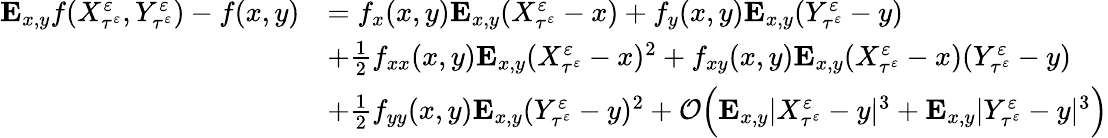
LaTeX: \begin{array}{rl}{\mathbf{E}_{x,y}f(X_{\tau^{\varepsilon}}^{\varepsilon},Y_{\tau^{\varepsilon}}^{\varepsilon})-f(x,y)}&{=f_{x}(x,y)\mathbf{E}_{x,y}(X_{\tau^{\varepsilon}}^{\varepsilon}-x)+f_{y}(x,y)\mathbf{E}_{x,y}(Y_{\tau^{\varepsilon}}^{\varepsilon}-y)}\\ &{+\frac 12f_{xx}(x,y)\mathbf{E}_{x,y}(X_{\tau^{\varepsilon}}^{\varepsilon}-x)^{2}+f_{xy}(x,y)\mathbf{E}_{x,y}(X_{\tau^{\varepsilon}}^{\varepsilon}-x)(Y_{\tau^{\varepsilon}}^{\varepsilon}-y)}\\ &{+\frac 12f_{yy}(x,y)\mathbf{E}_{x,y}(Y_{\tau^{\varepsilon}}^{\varepsilon}-y)^{2}+\mathcal O\Big(\mathbf{E}_{x,y}|X_{\tau^{\varepsilon}}^{\varepsilon}-y|^{3}+\mathbf{E}_{x,y}|Y_{\tau^{\varepsilon}}^{\varepsilon}-y|^{3}\Big)}\end{array}